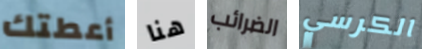
أعطتك هنا الضرائب الكرسي